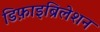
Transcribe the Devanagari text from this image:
डिफ़ाइब्रिलेशन